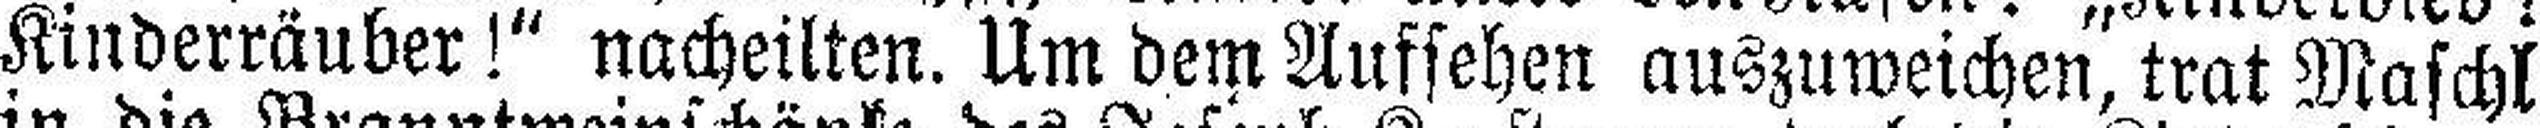
Kinderräuber!“ nacheilten. Um dem Aufsehen auszuweichen, trat Maschl